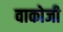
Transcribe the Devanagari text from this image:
वाकोजी